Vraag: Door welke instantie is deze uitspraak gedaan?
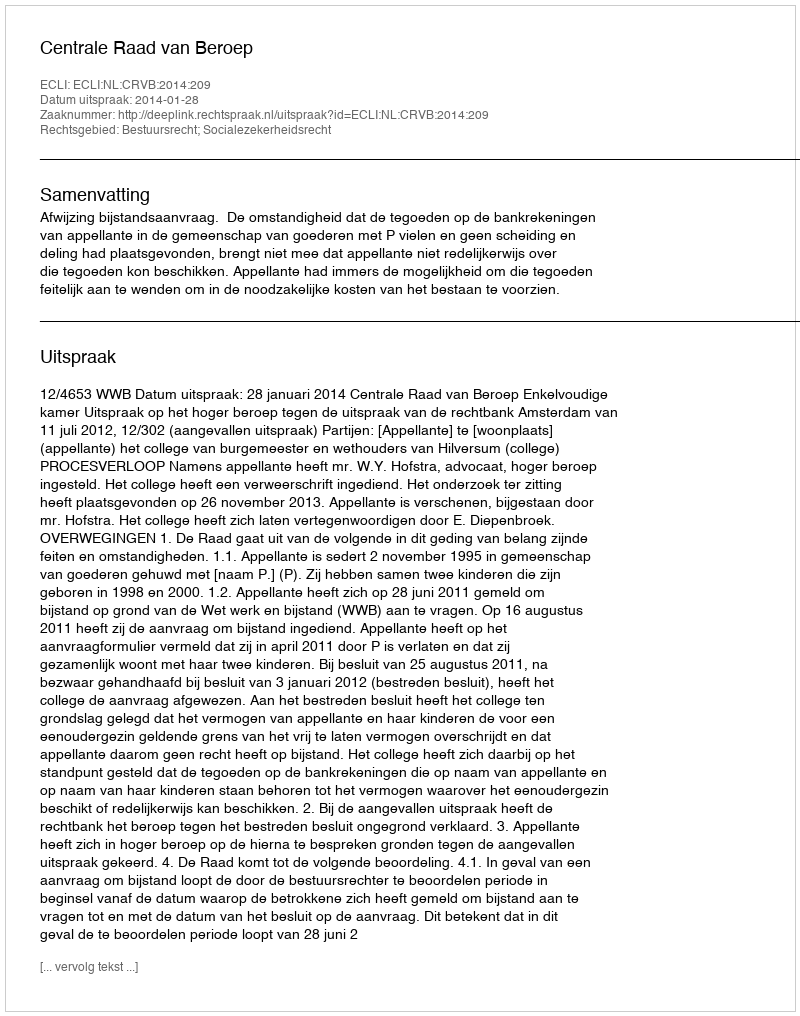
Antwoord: Centrale Raad van Beroep